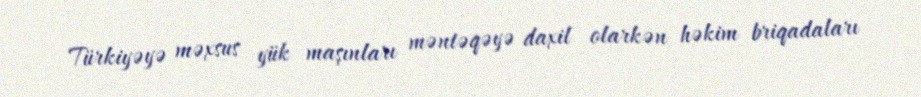
Türkiyəyə məxsus yük maşınları məntəqəyə daxil olarkən həkim briqadaları